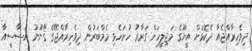
ދިވެހިރާއްޖެއާ ދެކޮޅަށް އީޔޫގެ މަޖިލީހަށް ގަރާރު ހުށަހެޅި މެމްބަރުން ދިވެހިރާއްޖޭގެ ޤާނޫނު އަސާސީއާ